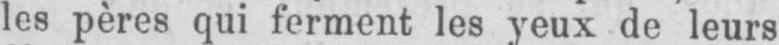
les pères qui ferment les yeux de leurs